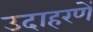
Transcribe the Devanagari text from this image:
उदाहरणें